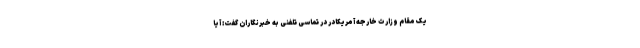
یک مقام وزارت خارجه آمریکادر در تماسی تلفنی به خبرنگاران گفت: آیا